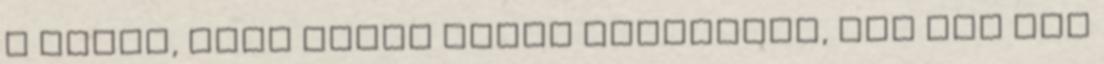
a babát, vagy hideg vízbe mártották, míg meg nem